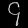
Digit: ၄